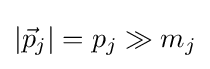
\left|{\vec {p}}_{j}\right|=p_{j}\gg m_{j}